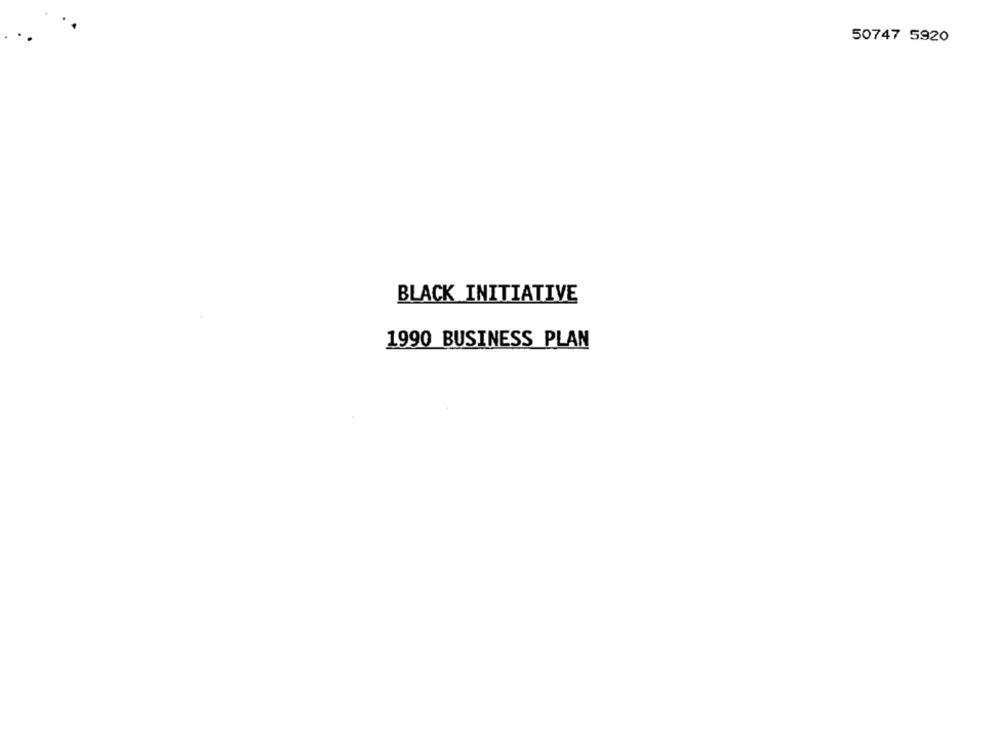
50747 5920
BLACK INITIATIVE
1990 BUSINESS PLAN